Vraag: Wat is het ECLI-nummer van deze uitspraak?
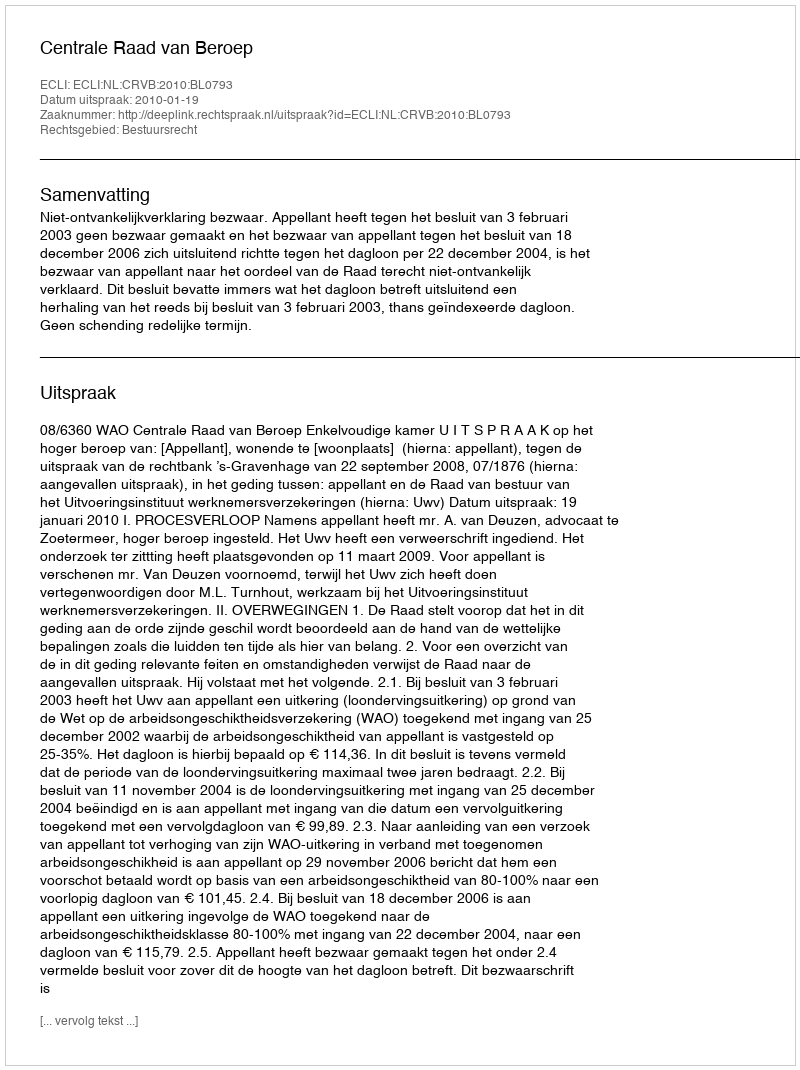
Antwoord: ECLI:NL:CRVB:2010:BL0793